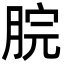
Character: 脘